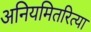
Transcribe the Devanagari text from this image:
अनियमितरित्या